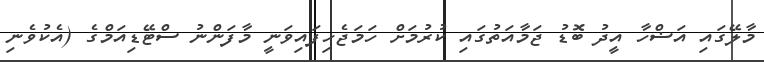
މާލޭގައި އަޟްހާ އީދު ބޮޑު ޖަމާއަތުގައި ކުރުމަށް ހަމަޖެހިފައިވަނީ މާފަންނު ސްޓޭޑިއަމްގެ (އެކުވެނި